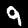
Digit: 9